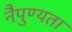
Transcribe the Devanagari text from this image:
नैपुण्यता